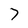
Character: 7